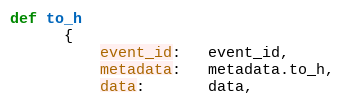
Language: Ruby
def to_h
      {
          event_id:   event_id,
          metadata:   metadata.to_h,
          data:       data,